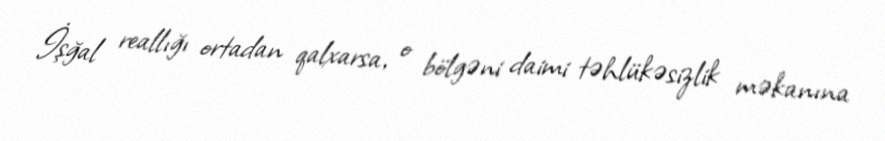
İşğal reallığı ortadan qalxarsa, o bölgəni daimi təhlükəsizlik məkanına